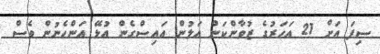
ސިފަ އަށް 21 އަހަރުގެ ޒުވާންކަން އަލުން އައިސްގެން އުޅޭ އަންހެނުން ވެސް